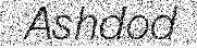
Ashdod